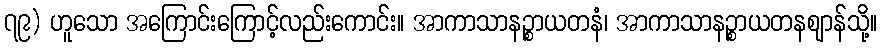
၇၉) ဟူသော အကြောင်းကြောင့်လည်းကောင်း။ အာကာသာနဉ္စာယတနံ၊ အာကာသာနဉ္စာယတနဈာန်သို့။